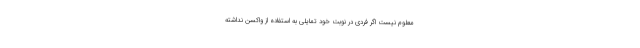
معلوم نیست اگر فردی در نوبت خود تمایلی به استفاده از واکسن نداشته